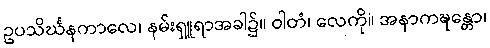
ဥပသိင်္ဃနကာလေ၊ နမ်းရှူရာအခါ၌။ ဝါတံ၊ လေကို။ အနာကဍ္ဎန္တော၊